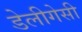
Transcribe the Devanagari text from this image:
डेलीगेसी